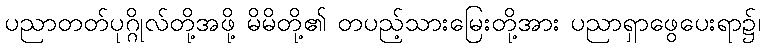
ပညာတတ်ပုဂ္ဂိုလ်တို့အဖို့ မိမိတို့၏ တပည့်သားမြေးတို့အား ပညာရှာဖွေပေးရာ၌၊